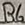
Text: R6